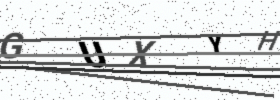
Text: GUXYH